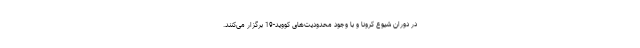
در دوران شیوع کرونا و با وجود محدودیت‌های کووید-19 برگزار می‌کنند.